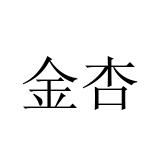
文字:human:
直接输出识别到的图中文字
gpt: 金杏